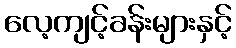
လေ့ကျင့်ခန်းများနှင့်